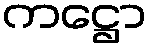
ကဋ္ဌော